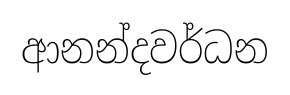
ආනන්දවර්ධන